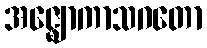
အဇ္ဈောကာသဂတော